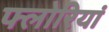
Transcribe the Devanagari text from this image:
फ्लोरियां